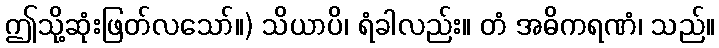
ဤသို့ဆုံးဖြတ်လသော်။) သိယာပိ၊ ရံခါလည်း။ တံ အဓိကရဏံ၊ သည်။